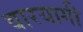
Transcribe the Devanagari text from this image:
वारयागी